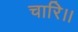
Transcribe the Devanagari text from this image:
चारि।।